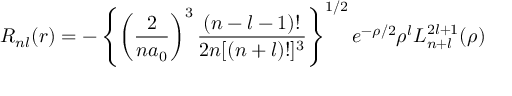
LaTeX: R _ { n l } ( r ) = - \left\{ \left( \frac { 2 } { n a _ { 0 } } \right) ^ { 3 } \frac { ( n - l - 1 ) ! } { 2 n [ ( n + l ) ! ] ^ { 3 } } \right\} ^ { 1 / 2 } e ^ { - \rho / 2 } \rho ^ { l } L _ { n + l } ^ { 2 l + 1 } ( \rho )